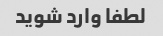
لطفا وارد شوید